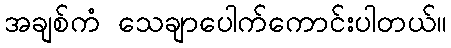
အချစ်ကံ သေချာပေါက်ကောင်းပါတယ်။